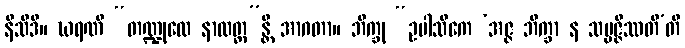
နိသီဒိ။ ဃရဏီ “တဏ္ဍုလေ နာလတ္ထ”န္တိ အာဂတာ။ ဘိက္ခု “ဥပါသိကေ ‘အဇ္ဇ ဘိက္ခာ န သမ္ပဇ္ဇိဿတီ’တိ